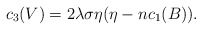
\begin{align*}c_{3}(V)=2\lambda \sigma \eta(\eta-nc_{1}(B)).\end{align*}